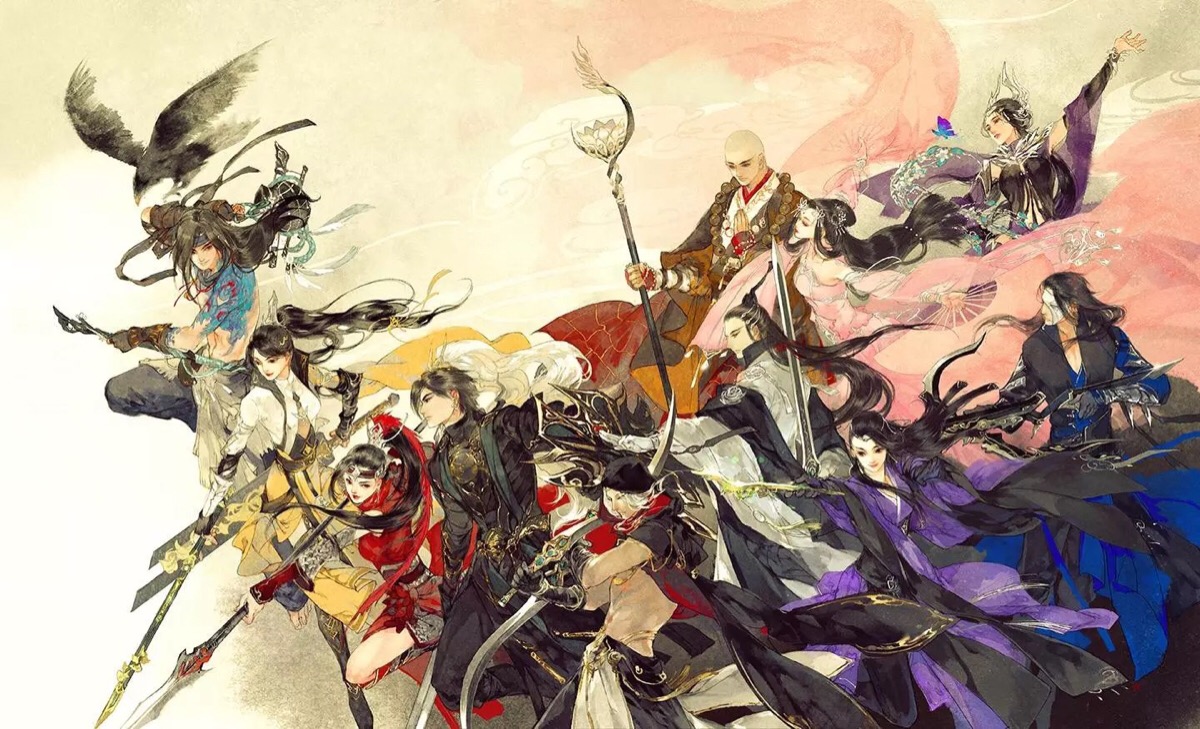
江暗雨欲来，浪白风初起。